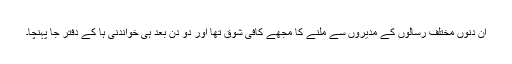
ان دنوں مختلف رسالوں کے مدیروں سے ملنے کا مجھے کافی شوق تھا اور دو دن بعد ہی خواندنی ہا کے دفتر جا پہنچا۔